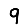
Digit: 9